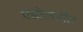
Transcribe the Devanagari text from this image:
एडोलसेंट